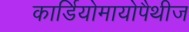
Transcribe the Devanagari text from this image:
कार्डियोमायोपैथीज